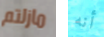
مازلتم أنه